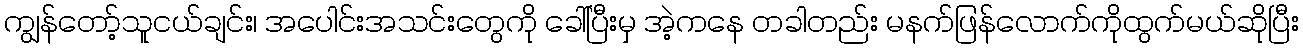
ကျွန်တော့်သူငယ်ချင်း၊ အပေါင်းအသင်းတွေကို ခေါ်ပြီးမှ အဲ့ကနေ တခါတည်း မနက်ဖြန်လောက်ကိုထွက်မယ်ဆိုပြီး